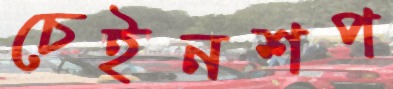
চেইনশপ